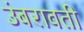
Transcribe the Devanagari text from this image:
उंबरावती